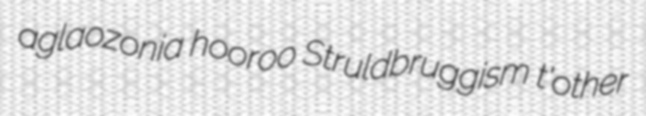
aglaozonia hooroo Struldbruggism t'other